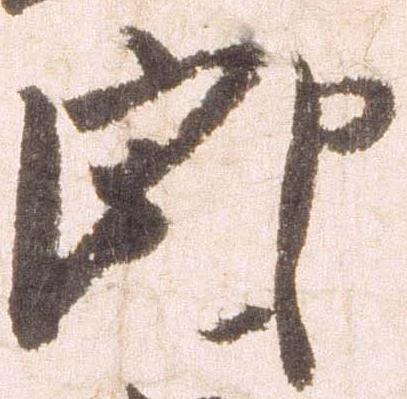
郎